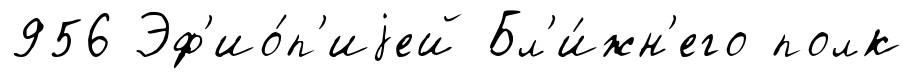
956 Эф'ио́п'иjей Бл'и́жн'его полк